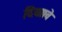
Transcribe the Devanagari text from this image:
दिया।वे